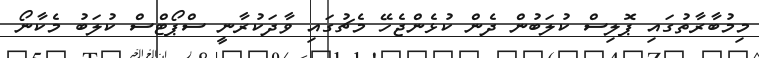
މިމުބާރާތުގައި ޕޮލިސް ކުލަބުން ދެން ކުޅެންޖެހޭ މެޗުގައި ވާދަކުރާނީ ސްޕޯޓްސް ކުލަބު މެކާނޯ